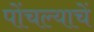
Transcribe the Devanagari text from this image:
पोंचल्याचें